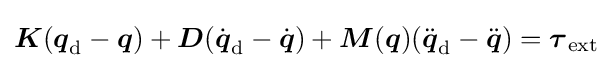
{\boldsymbol {K}}({\boldsymbol {q}}_{\mathrm {d} }-{\boldsymbol {q}})+{\boldsymbol {D}}({\dot {\boldsymbol {q}}}_{\mathrm {d} }-{\dot {\boldsymbol {q}}})+{\boldsymbol {M}}({\boldsymbol {q}})({\ddot {\boldsymbol {q}}}_{\mathrm {d} }-{\ddot {\boldsymbol {q}}})={\boldsymbol {\tau }}_{\mathrm {ext} }